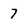
Character: 7